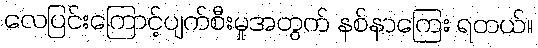
လေပြင်းကြောင့်ပျက်စီးမှုအတွက် နစ်နာကြေး ရတယ်။